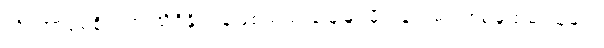
သိပ်အာရုံမစိုက်ဟု သိရှိနိုင်ရန်ဖြစ်သည် မြေမြုပ်မိုင်းနင်းမိ၍ စစ်မှုထမ်းသူများ